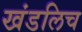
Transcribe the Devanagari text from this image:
खंडलिच